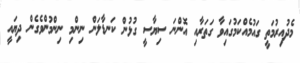
މެދުއިރުމަތީ ގައުމެއްކަމުގައިވާ ގަތަރާއި އޮންނަ ސިޔާސީ ގުޅުން ކަނޑާލަން ނިންމި ނިންމުންވެގެން ދިޔައީ